Indian journal of veterinary science and animal husbandry - Volumes 18-21, 1948-1951
Year: 1948
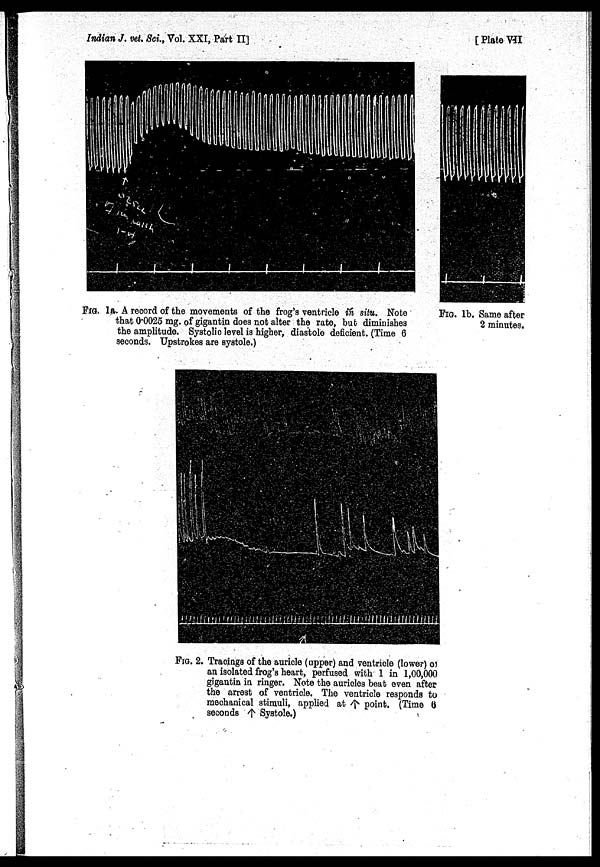
Indian J. vet. Sci., Vol. XXI, Part II]
[ Plate VII
FIG. 1a. A record of the movements of the frog's ventricle in situ. Note
that 0.0025 mg. of gigantin does not alter the rate, but diminishes
the amplitude. Systolic level is higher, diastole deficient. (Time 6
seconds. Upstrokes are systole.)
FIG. lb. Same after
2 minutes.
FIG. 2. Tracings of the auricle (upper) and ventricle (lower) of
an isolated frog's heart, perfused with 1 in 1,00,000
gigantin in ringer. Note the auricles beat even after
the arrest of ventricle. The ventricle responds to
mechanical stimuli, applied at ↑ point. (Time 6
seconds ↑ Systole.)